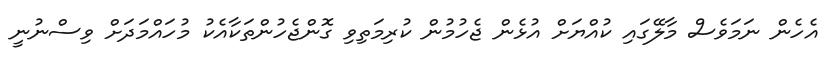
އެހެން ނަމަވެސް މާލޭގައި ކުއްޔަށް އުޅެން ޖެހުމުން ކުރިމަތިވި ގޮންޖެހުންތަކާއެކު މުހައްމަދަށް ވިސްނުނީ